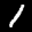
Label: 1